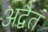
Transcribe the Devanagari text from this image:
अद्वैतं